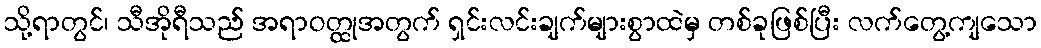
သို့ရာတွင်၊ သီအိုရီသည် အရာဝတ္ထုအတွက် ရှင်းလင်းချက်များစွာထဲမှ တစ်ခုဖြစ်ပြီး လက်တွေ့ကျသော